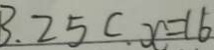
3 . 2 5 c . x = 1 6